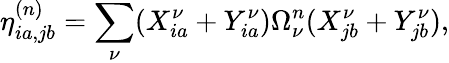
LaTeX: \eta_{ia,jb}^{(n)}=\sum_{\nu}(X_{ia}^{\nu}+Y_{ia}^{\nu})\Omega_{\nu}^{n}(X_{jb}^{\nu}+Y_{jb}^{\nu}),